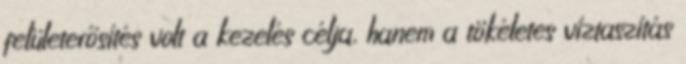
felületerősítés volt a kezelés célja, hanem a tökéletes víztaszítás